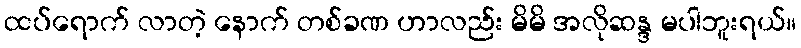
ထပ်ရောက် လာတဲ့ နောက် တစ်ခဏ ဟာလည်း မိမိ အလိုဆန္ဒ မပါဘူးရယ်။